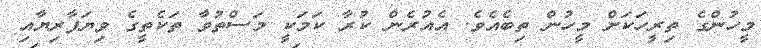
މީހުންގެ ތިރީހަކަށް މީހުން ތިބެއެވެ. އެއުރެން ކުރާ ކަމަކީ މަސްތުވާ ތަކެތީގެ ވިޔަފާރިޔާއި